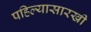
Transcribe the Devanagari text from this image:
पहिल्यासारखी